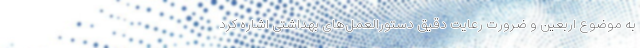
به موضوع اربعین و ضرورت رعایت دقیق دستورالعمل‌های بهداشتی اشاره کرد